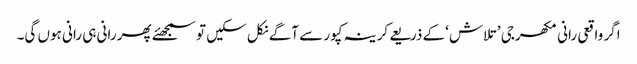
اگر واقعی رانی مکھرجی ’تلاش ‘کے ذریعے کرینہ کپور سے آگے نکل سکیں تو سمجھئے پھر رانی ہی رانی ہوں گی۔